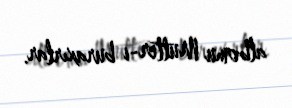
albomu Mutter-i buraxırlar.